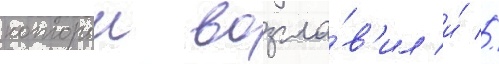
которыи возгла́в'ил и́ //